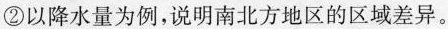
②以降水量为例，说明南北方地区的区域差异。